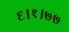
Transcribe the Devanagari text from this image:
६।१।७७